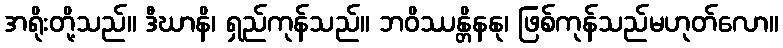
အရိုးတို့သည်။ ဒီဃာနိ၊ ရှည်ကုန်သည်။ ဘဝိဿန္တိနနု၊ ဖြစ်ကုန်သည်မဟုတ်လော။